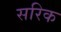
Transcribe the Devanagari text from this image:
सरिक